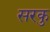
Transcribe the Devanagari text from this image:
सरकु